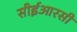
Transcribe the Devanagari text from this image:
सीईआरसी